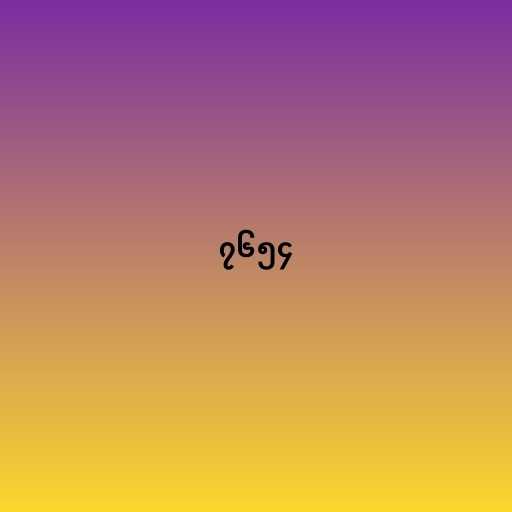
၇၆၅၄